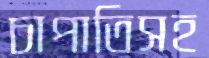
চাপাতিসহ